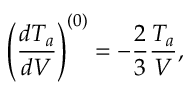
\left( \frac { d T _ { a } } { d V } \right) ^ { ( 0 ) } = - \frac { 2 } { 3 } \frac { T _ { a } } { V } ,